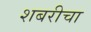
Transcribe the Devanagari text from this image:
शबरीचा